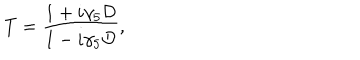
LaTeX: T = { \frac { 1 + i \gamma _ { 5 } { \cal D } } { 1 - i \gamma _ { 5 } { \cal D } } } ,